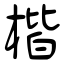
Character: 楷